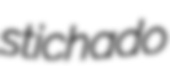
stichado